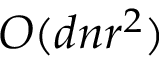
O ( d n r ^ { 2 } )